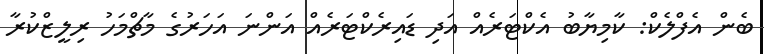
ބެން އެފްލެކް: ކާމިޔާބު އެކްޓަރެއް އަދި ޑައިރެކްޓަރެއް އަންނަ އަހަރުގެ މާޗްމަހު ރިލީޒްކުރާ